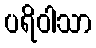
ပရိဝါသာ